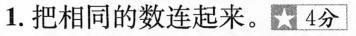
1.把相同的数连起来。☆4分